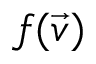
f ( \vec { v } )